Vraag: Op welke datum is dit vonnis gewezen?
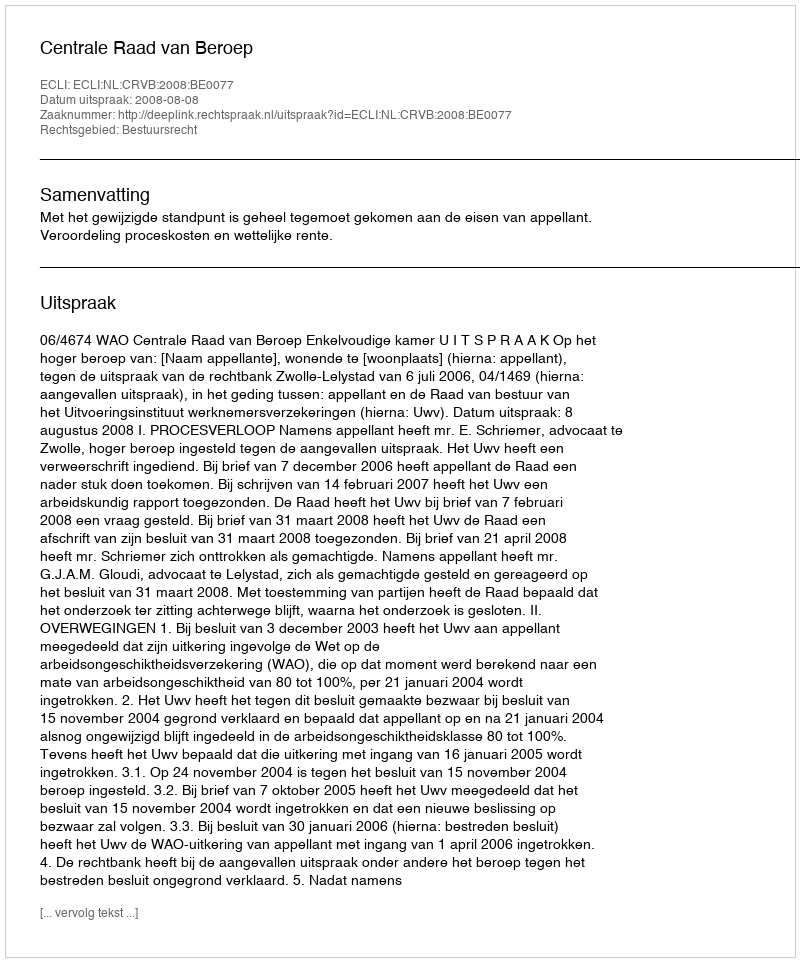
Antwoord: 2008-08-08